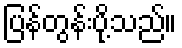
ပြန်တွန်းပို့သည်။